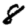
Digit: 8